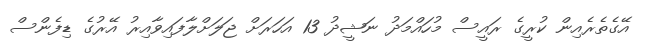
އޭގެތެރެއިން ކުރީގެ ރައީސް މުހައްމަދު ނަޝީދު 13 އަހަރަށް ޖަލަށްލާފައިވާއިރު އޭރުގެ ޑިފެންސް